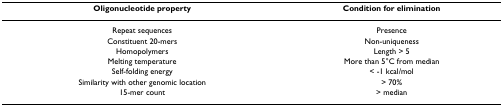
| Oligonucleotide property | Condition for elimination |
 | --- | --- |
 | Repeat sequences | Presence |
 | Constituent 20-mers | Non-uniqueness |
 | Homopolymers | Length > 5 |
 | Melting temperature | More than 5°C from median |
 | Self-folding energy | < -1 kcal/mol |
 | Similarity with other genomic location | > 70% |
 | 15-mer count | > median |